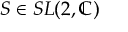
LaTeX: S \in S L ( 2 , \mathbb { C } )